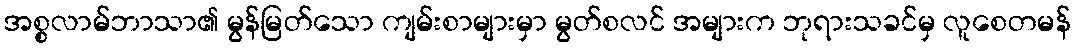
အစ္စလာမ်ဘာသာ၏ မွန်မြတ်သော ကျမ်းစာများမှာ မွတ်စလင် အများက ဘုရားသခင်မှ လူစေတမန်